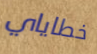
خطاياي